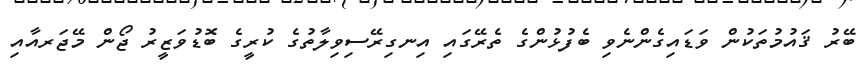
ބޭރު ޤައުމުތަކުން ވަޑައިގެންނެވި ބެފުޅުންގެ ތެރޭގައި އިނގިރޭސިވިލާތުގެ ކުރީގެ ބޮޑުވަޒީރު ޖޯން މޭޖަރއާއި